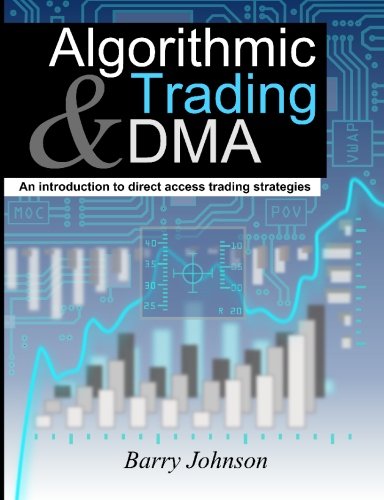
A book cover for Algorithmic Trading and DMA: An introduction to direct access trading strategies; Barry Johnson; Business & Money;